Bréfritari: Sigfús Jónasson Bergmann
Dagsetning: A-1896-05-18
Skrifað á: Vesturheimi

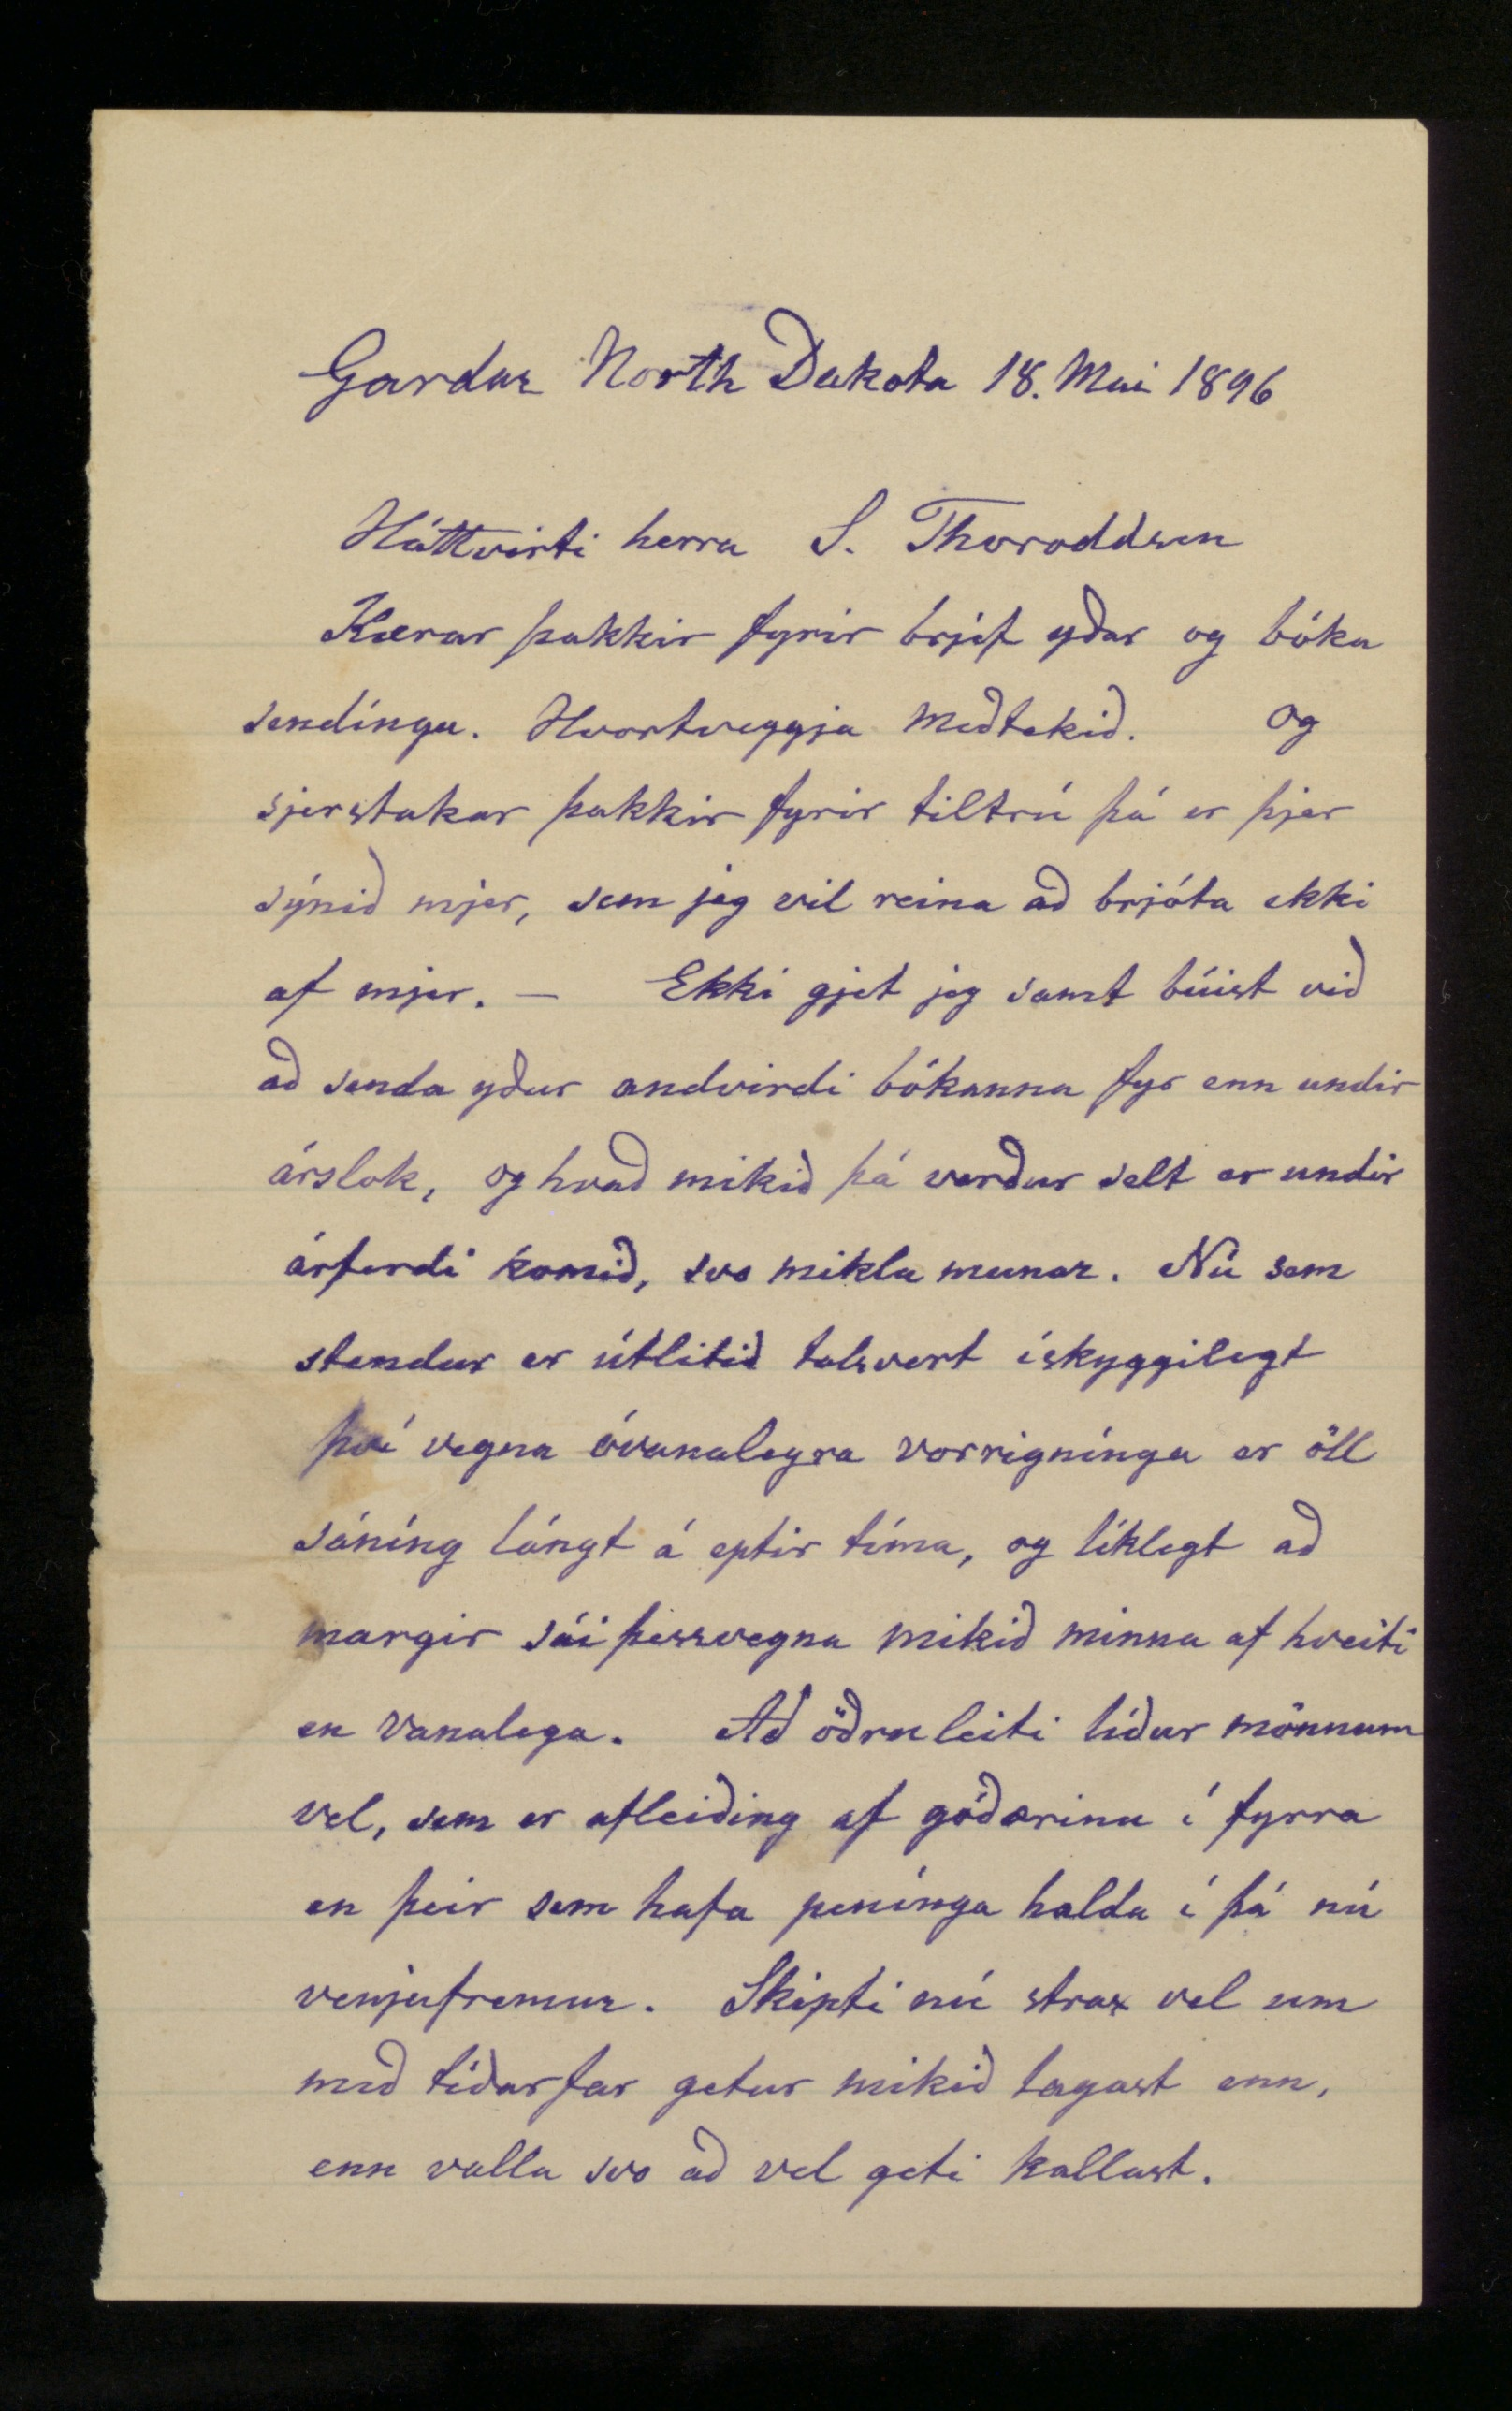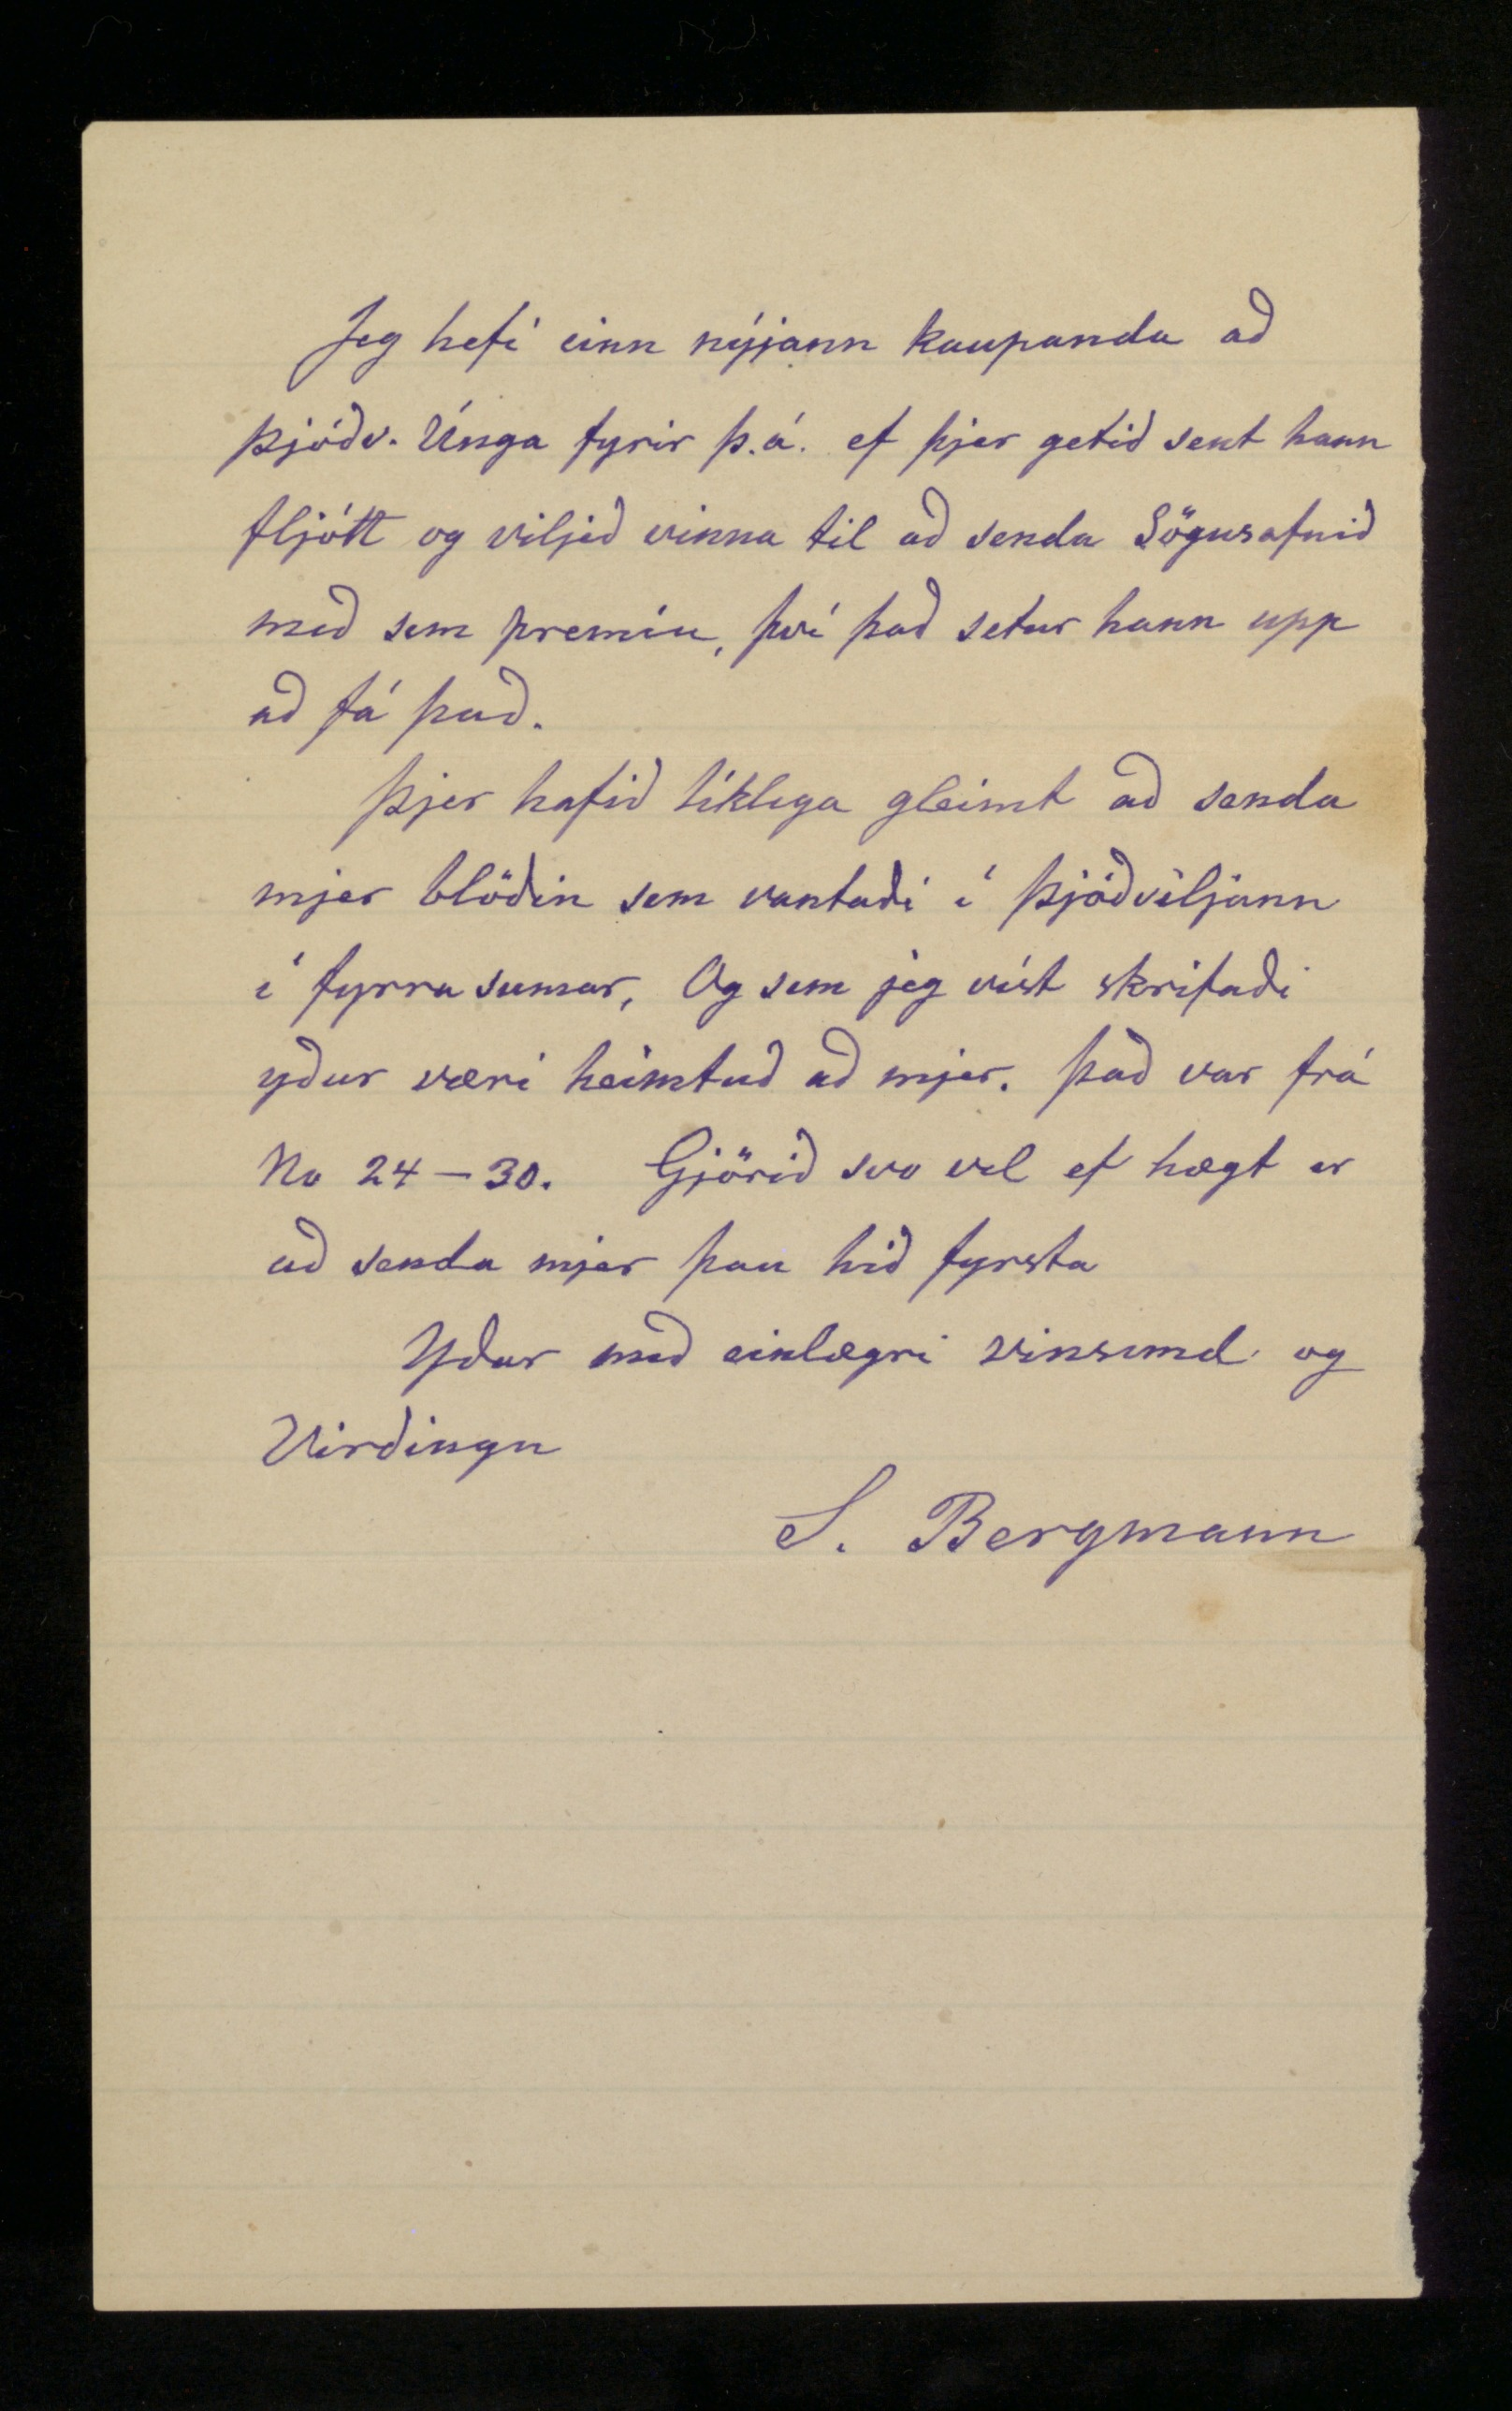

Gardar North Dakota 18. Mai 1896
Háttvirti herra S. Thoroddsen
Kærar þakkir fyrir brjef yðar og bóka sendingu. Hvortveggja meðtekið. Og sjerstakar þakkir fyrir tiltrú þá er þjer sýnið mjer, sem jeg vil reina að brjóta ekki af mjer. - Ekki gjet jeg samt búist við að sanda yður andvirdi bókanna fyr enn undir árslok, og hvað mikið þá verður selt er undir árferdi komið, svo miklu munar. Nú sem stendur er útlitið talsvert ískyggilegt því vegna óvanalegra vorrigninga er öll sáníng lángt á eptir tíma, og líklegt að margir sái þessvegna mikið minna af hveiti en vanalega. Að öðru leiti líður mönnum vel, sem er afleiðing af góðærinu í fyrra en þeir sem hafa penínga halda í þá nú venjufremur. Skipti nú strax vel um með tíðarfar getur mikið lagast enn, enn valla svo að vel geti kallast.
Jeg hefi einn nýjann kaupanda að Þjóðv. Únga fyrir þ.á. ef þjer getið sent hann fljótt og viljið vinna til að senda Sögusafnið með sem premíu, því það setur hann upp að fá það.
Þjer hafið líklega gleimt að senda mjer blöðin sem vantaði í Þjóðviljann í fyrra sumar. Og sem jeg víst skrifaði yður væri heimtuð að mjer. Það var frá No 24-30. Gjörið svo vel ef hægt er að senda mjer þau hið fyrsta
Yðar með einlægri vinsemd og virðingu
S. Bergmann